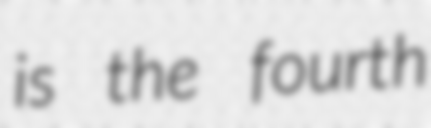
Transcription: is the fourth